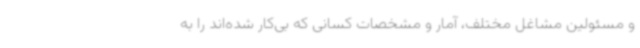
و مسئولین مشاغل مختلف، آمار و مشخصات کسانی که بی‌کار شده‌اند را به